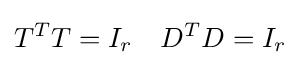
T^{T}T=I_{r}\quad D^{T}D=I_{r}